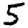
Digit: 5